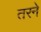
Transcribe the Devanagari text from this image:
तरने